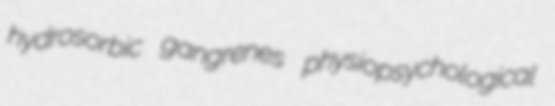
hydrosorbic gangrenes physiopsychological